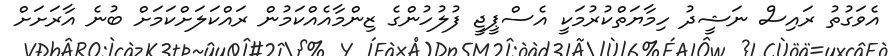
އެވަގުތު ރައިސް ނަޝީދު ހިމާޔަތްކުރުމަކީ އެސްޕީޖީ ފުލުހުންގެ ޒިންމާއެއްކަމުން ރައްކަލަށްކަމަށް ބުނެ އާރަށަށް